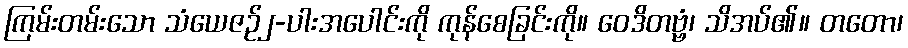
ကြမ်းတမ်းသော သံယေဇဉ်၂-ပါးအပေါင်းကို ကုန်စေခြင်းကို။ ဝေဒိတဗ္ဗံ၊ သိအပ်၏။ တတော၊